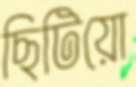
ছিটিয়ো